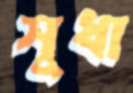
সুধা